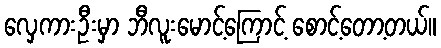
လှေကားဦးမှာ ဘီလူးမောင့်ကြောင့် စောင့်တော့တယ်။